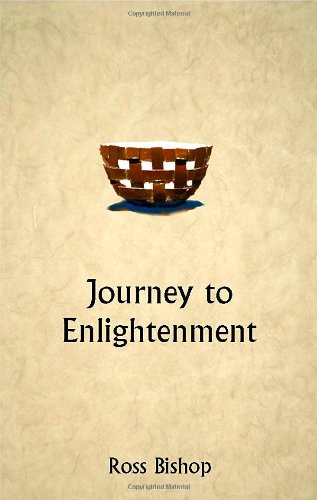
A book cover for Journey to Enlightenment; Ross Bishop; Self-Help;